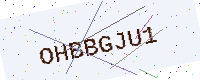
Text: OHBBGJU1